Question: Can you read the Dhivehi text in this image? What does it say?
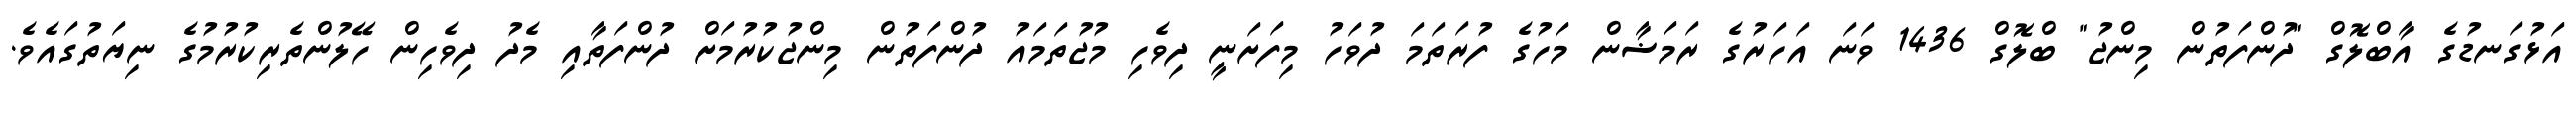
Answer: އަޅުގަނޑުގެ އާބްލޮގް "ދުންފަތުން މިންޖު" ބްލޮގް 1436 ވަނަ އަހަރުގެ ރަމަޟާން މަހުގެ ފުރަތަމަ ދުވަހު މިފަށަނީ ދިވެހި މުޖުތަމައު ދުންފަތުން މިންޖުކުރުމަށް ދުންފަތާއި މެދު ދިވެހިން ހޭލުންތެރިކުރުމުގެ ނިޔަތުގައެވެ.